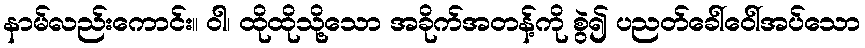
နာမ်လည်းကောင်း။ ဝါ၊ ထိုထိုသို့သော အခိုက်အတန့်ကို စွဲ၍ ပညတ်ခေါ်ဝေါ်အပ်သော